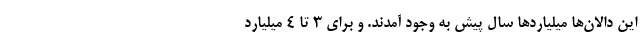
این دالان‌ها میلیاردها سال پیش به وجود آمدند. و برای ۳ تا ۴ میلیارد